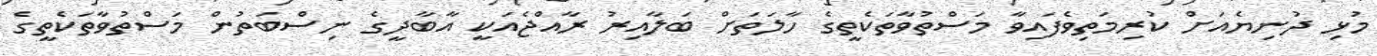
މުޅި ދުނިޔެއަށް ކުރިމަތިވެފައިވާ މަސްތުވާތަކެތީގެ ހާލަތަށް ބަލާއިރު ރާއްޖެއަކީ އާބާދީގެ ނިސްބަތުން މަސްތުވާތަކެތީގެ